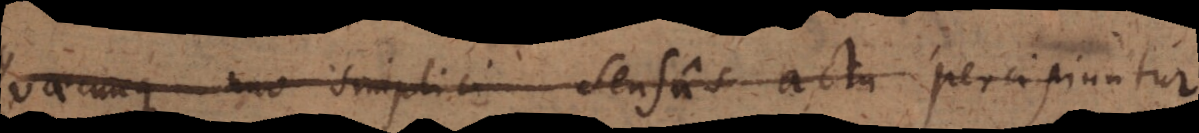
Quaecunque uno simplici Sensus actu percipiuntur